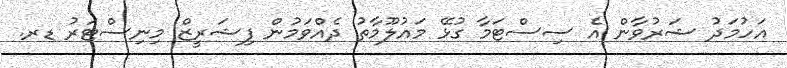
އަހުމަދު ޝަރުވާން އެ ސިސްޓަމާ ގުޅޭ މައުލޫމާތު ދެއްވަމުން ފިޝަރީޒް މިނިސްޓަރު ޑރ.